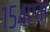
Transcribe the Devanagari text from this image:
१५४एम